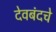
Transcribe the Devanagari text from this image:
देवबंदचे